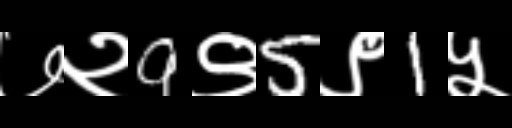
Text: ७२9९5९1५